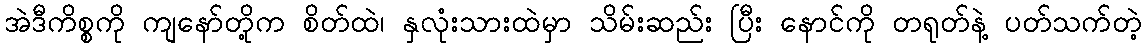
အဲဒီကိစ္စကို ကျနော်တို့က စိတ်ထဲ၊ နှလုံးသားထဲမှာ သိမ်းဆည်း ပြီး နောင်ကို တရုတ်နဲ့ ပတ်သက်တဲ့